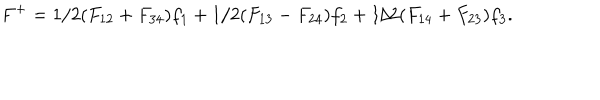
F ^ { + } = 1 / 2 ( F _ { 1 2 } + F _ { 3 4 } ) f _ { 1 } + 1 / 2 ( F _ { 1 3 } - F _ { 2 4 } ) f _ { 2 } + 1 / 2 ( F _ { 1 4 } + F _ { 2 3 } ) f _ { 3 } .